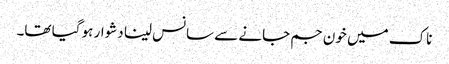
ناک میں خون جم جانے سے سانس لینا دشوار ہو گیا تھا۔